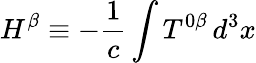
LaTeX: H^{\beta}\equiv-\frac{1}{c}\int T^{0\beta}\, d^{3}x